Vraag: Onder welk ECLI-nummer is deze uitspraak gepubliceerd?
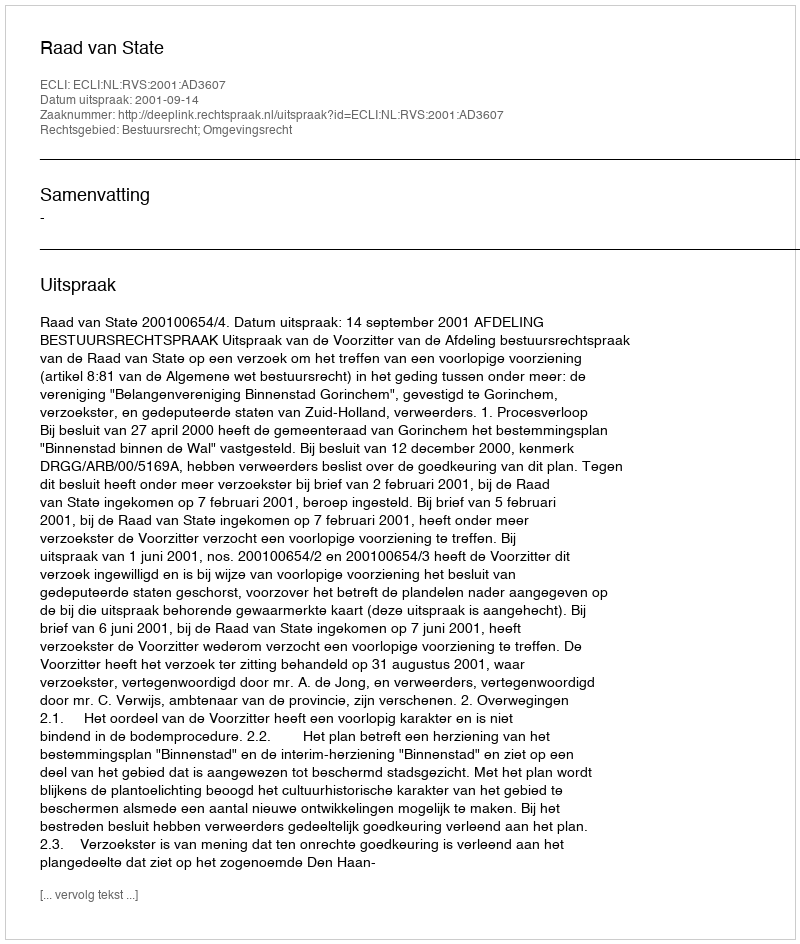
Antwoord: ECLI:NL:RVS:2001:AD3607